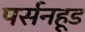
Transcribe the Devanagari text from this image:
पर्सनहूड